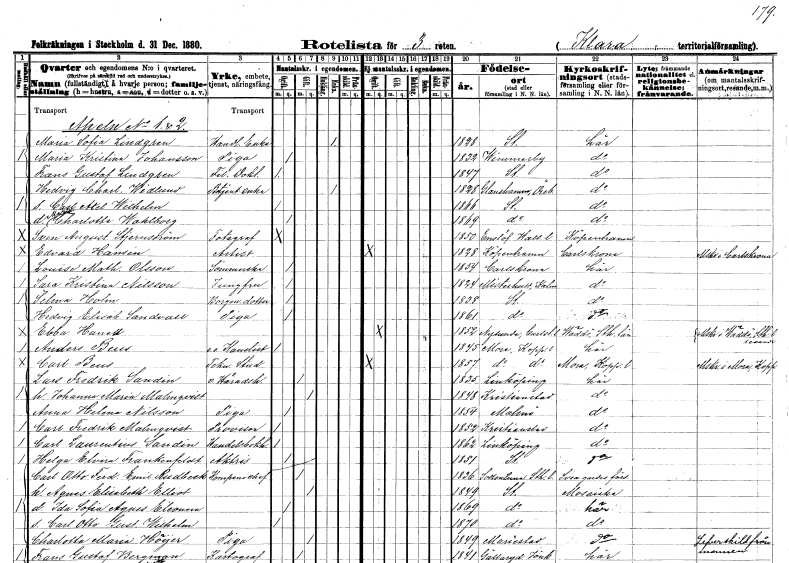
gt_parse: households: individuals: FN: Maria Sofia
EN: Lindgren
YRKE: Handlandeänka
KON: K
CIV: E
FODAR: 1828
FODFORS: Stockholm
FN: Maria Kristina
EN: Johansson
YRKE: Piga
KON: K
CIV: O
FODAR: 1832
FODFORS: Vimmerby Kalmar län
FN: Frans Gustaf
EN: Lindgren
YRKE: Fil. doktor
KON: M
CIV: O
FODAR: 1847
FODFORS: Stockholm
FN: Hedvig Charlotta
EN: Widlund
YRKE: Betjäntsänka
KON: K
CIV: E
FODAR: 1828
FODFORS: Glanshammar Örebro län
FN: Carl Axel Wilhelm
KON: M
CIV: O
FODAR: 1866
FODFORS: Stockholm
FN: Maria Charlotta Wahlborg
KON: K
CIV: O
FODAR: 1869
FODFORS: Stockholm
FN: Sven August
EN: Stjärnström
YRKE: Fotograf
KON: M
CIV: O
FODAR: 1850
FODFORS: Enslöv Hallands län
FN: Edvard
EN: Hansén
YRKE: Artist
KON: M
CIV: O
FODAR: 1828
FN: Louise Mathilda
EN: Olsson
YRKE: Sömmerska
KON: K
CIV: O
FODAR: 1854
FODFORS: Karlskrona Blekinge län
FN: Sara Kristina
EN: Nilsson
YRKE: Jungfru
KON: K
CIV: O
FODAR: 1824
FODFORS: Misterhult Kalmar län
FN: Selma
EN: Holm
YRKE: Borgmästaredotter
KON: K
CIV: O
FODAR: 1838
FODFORS: Stockholm
FN: Hedvig Elisabet
EN: Sandvall
YRKE: Piga
KON: K
CIV: O
FODAR: 1861
FODFORS: Stockholm
FN: Ebba
EN: Hanell
KON: K
CIV: O
FODAR: 1852
FODFORS: Nysund Örebro län
FN: Anders
EN: Beus
YRKE: Kanslist e.o.
KON: M
CIV: O
FODAR: 1845
FODFORS: Mora Kopparbergs län
FN: Carl
EN: Beus
YRKE: Teknisk stud
KON: M
CIV: O
FODAR: 1857
FODFORS: Mora Kopparbergs län
FN: Lars Fredrik
EN: Sandin
YRKE: Häradshövding v.
KON: M
CIV: G
FODAR: 1835
FODFORS: Linköping Östergötlands län
FN: Johanna Maria
EN: Malmqvist
KON: K
CIV: G
FODAR: 1848
FODFORS: Kristianstad Kristianstads län
FN: Anna Helena
EN: Nilsson
YRKE: Piga
KON: K
CIV: O
FODAR: 1854
FODFORS: Malmö Malmöhus län
FN: Carl Fredrik
EN: Malmqvist
YRKE: Provisor
KON: M
CIV: O
FODAR: 1852
FODFORS: Kristianstad Kristianstads län
FN: Carl Laurentius
EN: Sandin
YRKE: Handelsbokhållare
KON: M
CIV: O
FODAR: 1862
FODFORS: Linköping Östergötlands län
FN: Helga Elvira
EN: Frankenfeldt
YRKE: Aktris
KON: K
CIV: O
FODAR: 1851
FODFORS: Stockholm
FN: Carl Otto Ferdinand Emil
EN: Rudbeck
YRKE: Kompanichef
KON: M
CIV: G
FODAR: 1836
FODFORS: Sollentuna Stockholms län
FN: Agnes Elisabeth
EN: Elliot
KON: K
CIV: G
FODAR: 1849
FODFORS: Stockholm
FN: Ida Sofia Agnes Elionora
KON: K
CIV: O
FODAR: 1869
FODFORS: Stockholm
FN: Carl Otto Gustaf Wilhelm
KON: M
CIV: O
FODAR: 1870
FODFORS: Stockholm
FN: Charlotta Maria
EN: Höijer
YRKE: Piga
KON: K
CIV: G
FODAR: 1849
FODFORS: Mariestad Skaraborgs län
FN: Frans Gustaf
EN: Bergman
YRKE: Kartograf
KON: M
CIV: G
FODAR: 1841
FODFORS: Gällaryd Jönköpings län